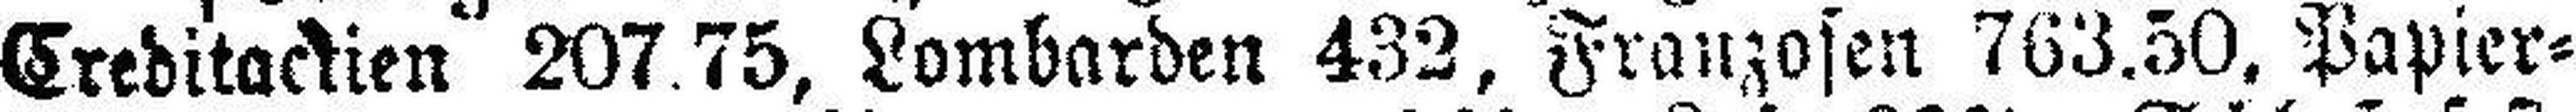
Creditactien 207.75, Lombarden 432, Franzosen 763.50, Papier=